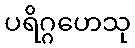
ပရိဂ္ဂဟေသု